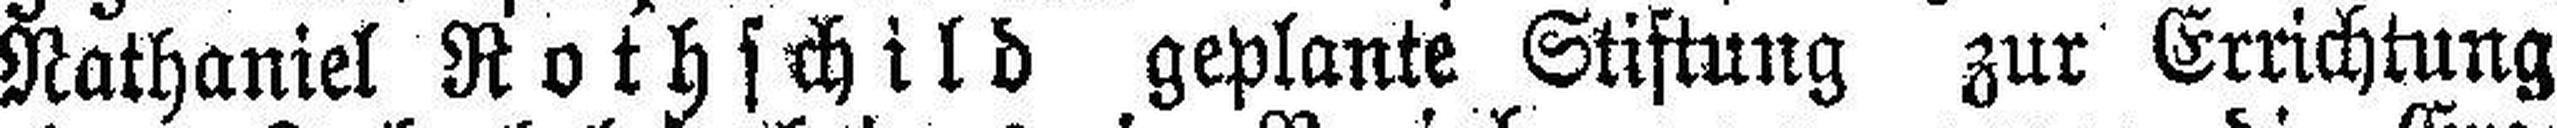
Nathaniel Rothschild geplante Stiftung zur Errichtung